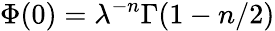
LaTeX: \Phi(0)=\lambda^{-n}\Gamma(1-n/2)